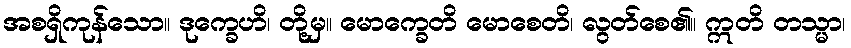
အစရှိကုန်သော။ ဒုက္ခေဟိ၊ တို့မှ။ မောက္ခေတိ မောစေတိ၊ လွတ်စေ၏။ ဣတိ တသ္မာ၊